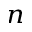
^ { n }